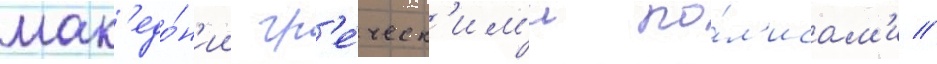
мак'едо́н'ии гр'е́ческ'им'и по́л'исам'и //